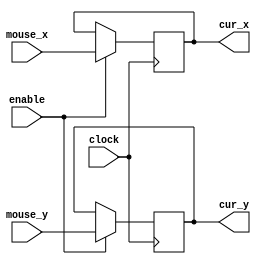
module MouseLatch(mouse_x, mouse_y, clock, enable, cur_x, cur_y);
	output reg [9:0] cur_x;
	output reg [9:0] cur_y;
	input enable;
	input clock;
	input [9:0] mouse_x;
	input [9:0] mouse_y;
	
	always @(posedge clock) begin
		if (enable) begin
			cur_x = mouse_x;
			cur_y = mouse_y;
		end
	end
endmodule